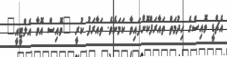
އެޗްޑީ ވޮއިސްގެ ހިދުމަތް ތައާރަފްކޮށްފައިވާ ކަމަށެވެ. ތައާރަފު ކުރީ "ވޮއިސް އޮވާ އެލްޓީއީ"